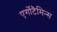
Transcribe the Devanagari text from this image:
एर्गोटैमिन्स